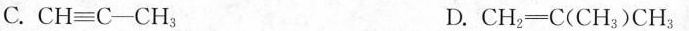
C. CH≡C-CH_{3} D.CH_{2} \xlongequal[]{} C(CH_{3})CH_{3}